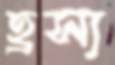
হ্রস্য